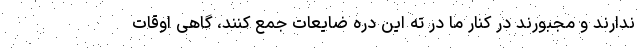
ندارند و مجبورند در کنار ما در ته این دره ضایعات جمع کنند، گاهی اوقات